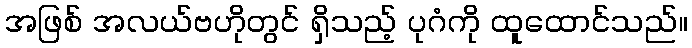
အဖြစ် အလယ်ဗဟိုတွင် ရှိသည့် ပုဂံကို ထူထောင်သည်။